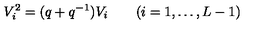
V _ { i } ^ { 2 } = ( q + q ^ { - 1 } ) V _ { i } \qquad ( i = 1 , \ldots , L - 1 )